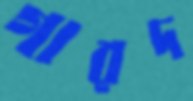
গারদ